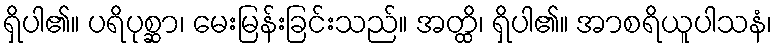
ရှိပါ၏။ ပရိပုစ္ဆာ၊ မေးမြန်းခြင်းသည်။ အတ္ထိ၊ ရှိပါ၏။ အာစရိယူပါသနံ၊